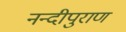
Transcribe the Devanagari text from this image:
नन्दीपुराण